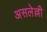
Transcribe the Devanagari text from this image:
असलेल्ली